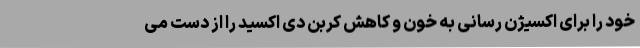
خود را برای اکسیژن رسانی به خون و کاهش کربن دی اکسید را از دست می